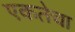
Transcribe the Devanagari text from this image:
एकतेचा